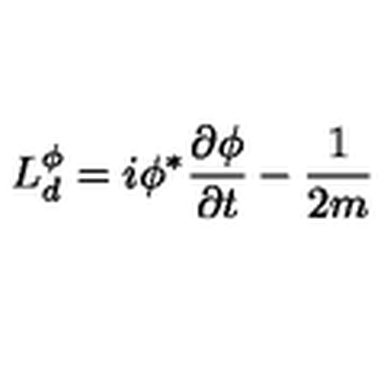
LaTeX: L _ { d } ^ { \phi } = i \phi ^ { \ast } \frac { \partial \phi } { \partial t } - \frac { 1 } { 2 m }